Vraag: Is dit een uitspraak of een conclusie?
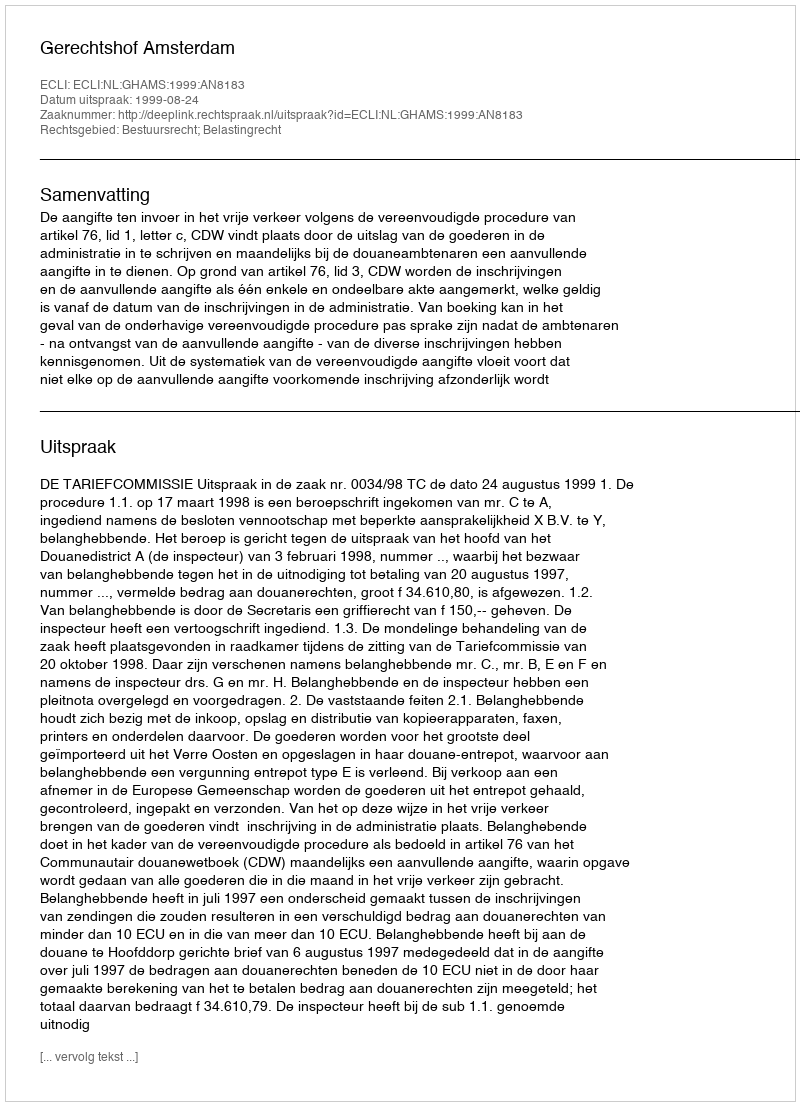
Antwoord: Uitspraak